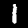
Digit: 1